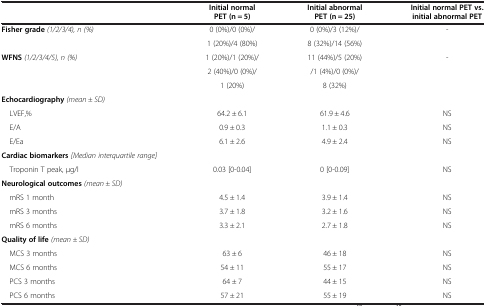
<table><thead><tr><td><b> </b></td><td><b>Initial normal PET (n = 5)</b></td><td><b>Initial abnormal PET (n = 25)</b></td><td><b>Initial normal PET vs. initial abnormal PET</b></td></tr></thead><tbody><tr><td rowspan="2"><b>Fisher grade </b><i>(1/2/3/4), n (%)</i></td><td>0 (0%)/0 (0%)/</td><td>0 (0%)/3 (12%)/</td><td rowspan="2">-</td></tr><tr><td>1 (20%)/4 (80%)</td><td>8 (32%)/14 (56%)</td></tr><tr><td rowspan="3"><b>WFNS </b><i>(1/2/3/4/5), n (%)</i></td><td>1 (20%)/1 (20%)/</td><td>11 (44%)/5 (20%)</td><td rowspan="3">-</td></tr><tr><td>2 (40%)/0 (0%)/</td><td>/1 (4%)/0 (0%)/</td></tr><tr><td>1 (20%)</td><td>8 (32%)</td></tr><tr><td><b>Echocardiography </b><i>(mean ± SD)</i></td><td> </td><td> </td><td> </td></tr><tr><td> LVEF,%</td><td>64.2 ± 6.1</td><td>61.9 ± 4.6</td><td>NS</td></tr><tr><td> E/A</td><td>0.9 ± 0.3</td><td>1.1 ± 0.3</td><td>NS</td></tr><tr><td> E/Ea</td><td>6.1 ± 2.6</td><td>4.9 ± 2.4</td><td>NS</td></tr><tr><td><b>Cardiac biomarkers </b><i>[Median interquartile range]</i></td><td> </td><td> </td><td> </td></tr><tr><td> Troponin T peak, μg/l</td><td>0.03 [0-0.04]</td><td>0 [0-0.09]</td><td>NS</td></tr><tr><td><b>Neurological outcomes </b><i>(mean ± SD)</i></td><td> </td><td> </td><td> </td></tr><tr><td> mRS 1 month</td><td>4.5 ± 1.4</td><td>3.9 ± 1.4</td><td>NS</td></tr><tr><td> mRS 3 months</td><td>3.7 ± 1.8</td><td>3.2 ± 1.6</td><td>NS</td></tr><tr><td> mRS 6 months</td><td>3.3 ± 2.1</td><td>2.7 ± 1.8</td><td>NS</td></tr><tr><td><b>Quality of life </b><i>(mean ± SD)</i></td><td> </td><td> </td><td> </td></tr><tr><td> MCS 3 months</td><td>63 ± 6</td><td>46 ± 18</td><td>NS</td></tr><tr><td> MCS 6 months</td><td>54 ± 11</td><td>55 ± 17</td><td>NS</td></tr><tr><td> PCS 3 months</td><td>64 ± 7</td><td>44 ± 15</td><td>NS</td></tr><tr><td> PCS 6 months</td><td>57 ± 21</td><td>55 ± 19</td><td>NS</td></tr></tbody></table>